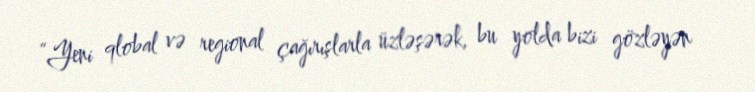
“Yeni qlobal və regional çağırışlarla üzləşərək, bu yolda bizi gözləyən